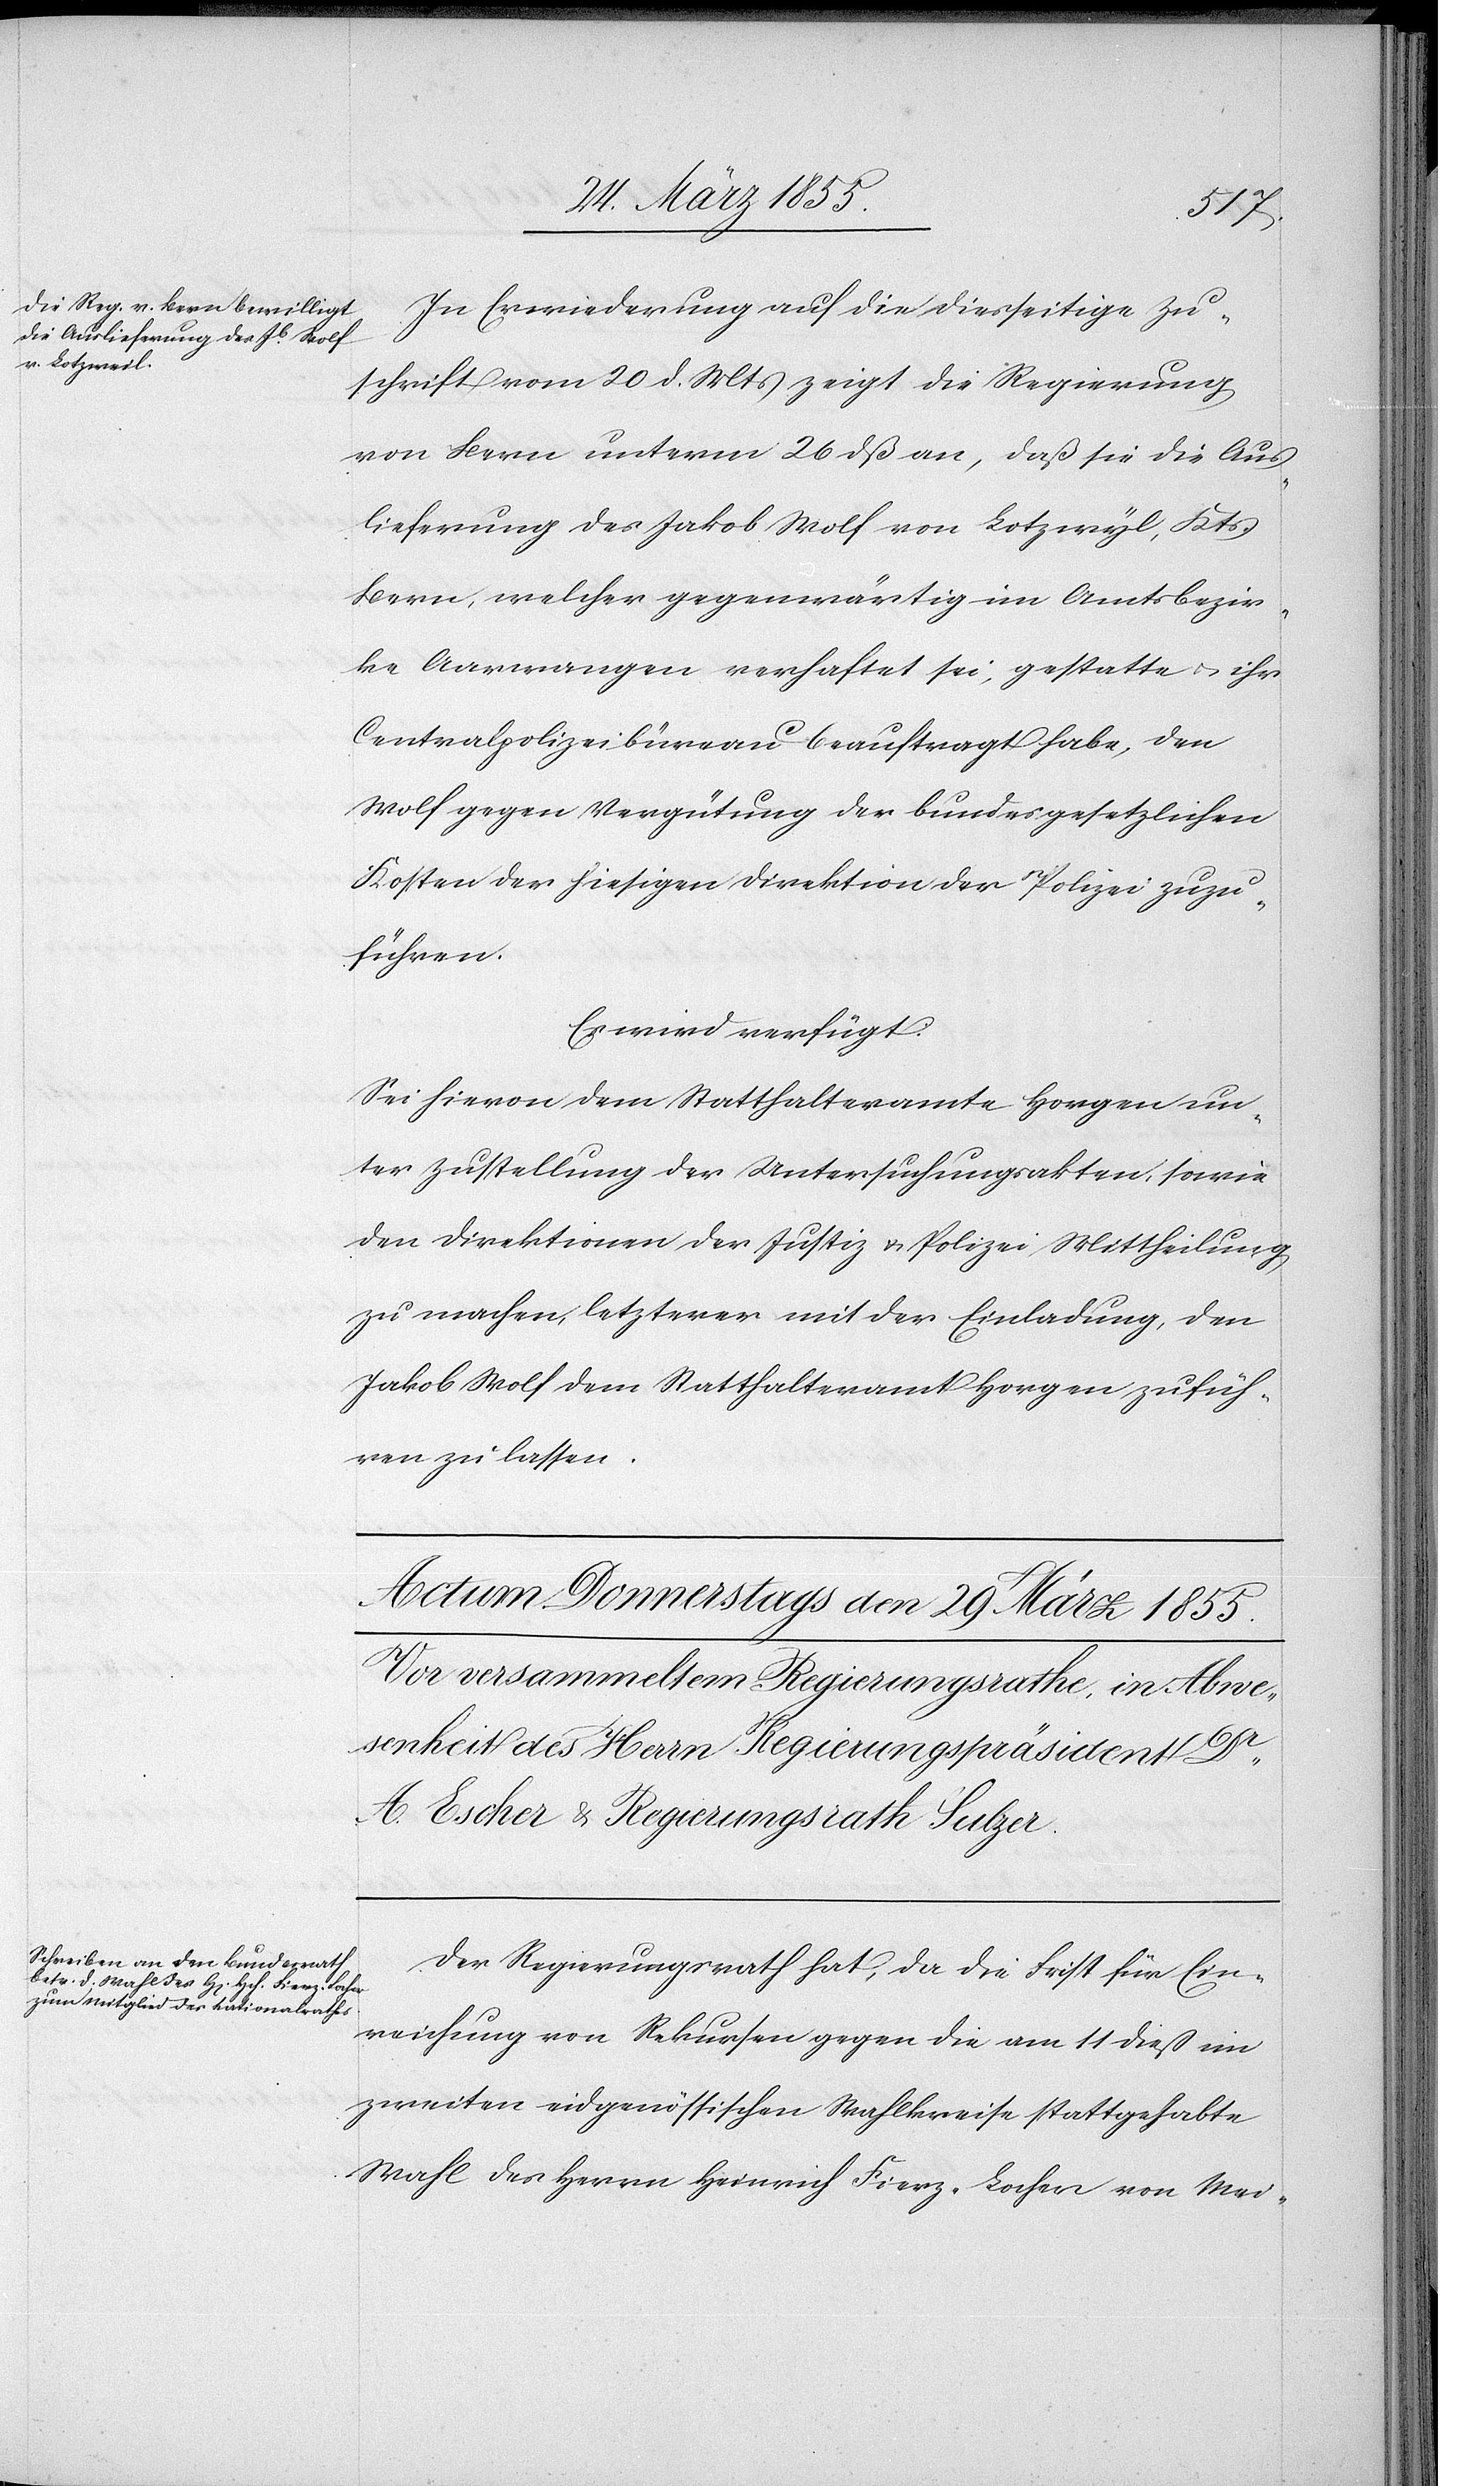
27 März 1855.]
In Erwiederung auf die diesseitige Zu¬
schrift vom 20 d. Mts zeigt die Regierung
von Bern unterm 26 dß an, daß sie die Aus¬
lieferung des Jakob Wolf von Lotzwyl, Kts.
Bern, welcher gegenwärtig im Amtsbezir¬
ke Aarwangen verhaftet sei, gestatte & ihr
Centralpolizeibüreau beauftragt habe, den
Wolf gegen Vergütung der bundesgesetzlichen
Kosten der hiesigen Direktion der Polizei zuzu¬
führen.
Es wird verfügt:
Sei hievon dem Statthalteramte Horgen un¬
ter Zustellung der Untersuchungsakten, sowie
den Direktionen der Justiz & Polizei Mittheilung
zu machen, letzterer mit der Einladung, den
Jakob Wolf dem Statthalteramt Horgen zufüh¬
ren zu lassen.
Der Regierungsrath hat, da die Frist für Ein¬
reichung von Rekursen gegen die am 11 dieß im
zweiten eidgenössischen Wahlkreise stattgehabte
Wahl des Herrn Heinrich Fierz-Locher von Mei-